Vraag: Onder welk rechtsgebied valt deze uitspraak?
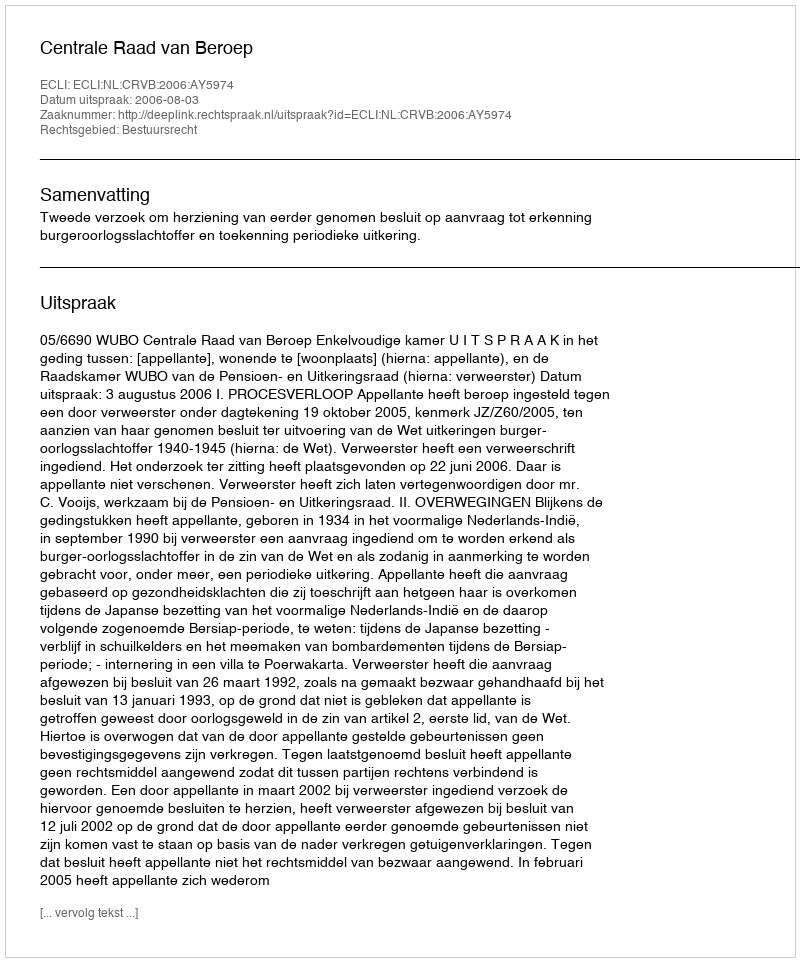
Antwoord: Bestuursrecht